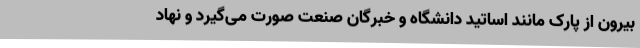
بیرون از پارک مانند اساتید دانشگاه و خبرگان صنعت صورت می‌گیرد و نهاد